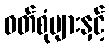
ဝတ်စုံများနှင့်